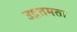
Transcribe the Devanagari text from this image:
उद्गतमता